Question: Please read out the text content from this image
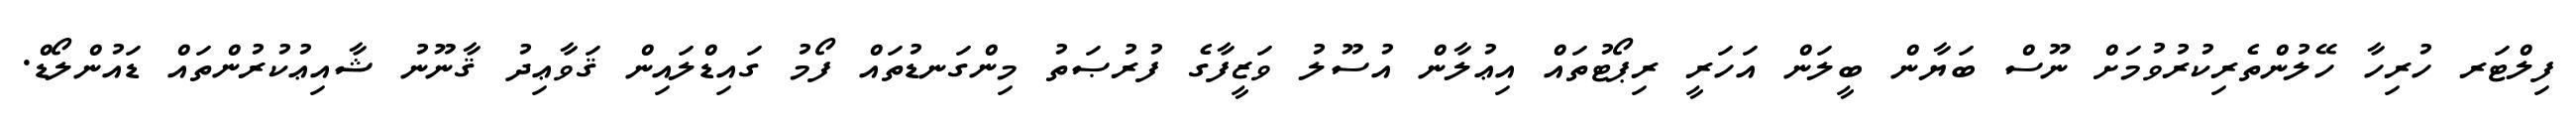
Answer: ފިލްޓަރ ހުރިހާ ހޭލުންތެރިކުރުވުމަށް ނޫސް ބަޔާން ބީލަން އަހަރީ ރިޕޯޓުތައް އިޢުލާން އުސޫލު ވަޒީފާގެ ފުރުޞަތު މިންގަނޑުތައް ފޯމު ގައިޑްލައިން ޤަވާޢިދު ޤާނޫނު ޝާއިޢުކުރުންތައް ޑައުންލޯޑް.